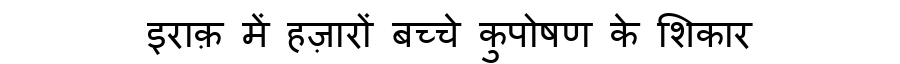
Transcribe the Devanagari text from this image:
इराक़ में हज़ारों बच्चे कुपोषण के शिकार